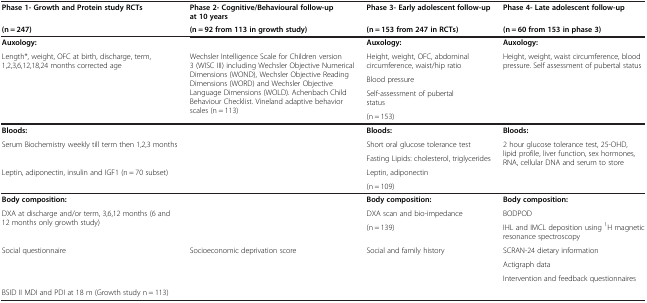
<table><thead><tr><td><b>Phase 1- Growth and Protein study RCTs</b></td><td><b>Phase 2- Cognitive/Behavioural follow-up at 10 years</b></td><td><b>Phase 3- Early adolescent follow-up</b></td><td><b>Phase 4- Late adolescent follow-up</b></td></tr><tr><td><b>(n = 247)</b></td><td><b>(n = 92 from 113 in growth study)</b></td><td><b>(n = 153 from 247 in RCTs)</b></td><td><b>(n = 60 from 153 in phase 3)</b></td></tr></thead><tbody><tr><td><b>Auxology:</b></td><td> </td><td><b>Auxology:</b></td><td><b>Auxology:</b></td></tr><tr><td rowspan="3">Length*, weight, OFC at birth, discharge, term, 1,2,3,6,12,18,24 months corrected age</td><td rowspan="3">Wechsler Intelligence Scale for Children version 3 (WISC III) including Wechsler Objective Numerical Dimensions (WOND), Wechsler Objective Reading Dimensions (WORD) and Wechsler Objective Language Dimensions (WOLD). Achenbach Child Behaviour Checklist. Vineland adaptive behavior scales (n = 113)</td><td>Height, weight, OFC, abdominal circumference, waist/hip ratio</td><td rowspan="3">Height, weight, waist circumference, blood pressure. Self assessment of pubertal status</td></tr><tr><td>Blood pressure</td></tr><tr><td>Self-assessment of pubertal status</td></tr><tr><td> </td><td> </td><td>(n = 153)</td><td> </td></tr><tr><td><b>Bloods:</b></td><td> </td><td><b>Bloods:</b></td><td><b>Bloods:</b></td></tr><tr><td rowspan="2">Serum Biochemistry weekly till term then 1,2,3 months</td><td rowspan="2"> </td><td>Short oral glucose tolerance test</td><td rowspan="3">2 hour glucose tolerance test, 25-OHD, lipid profile, liver function, sex hormones, RNA, cellular DNA and serum to store</td></tr><tr><td>Fasting Lipids: cholesterol, triglycerides</td></tr><tr><td>Leptin, adiponectin, insulin and IGF1 (n = 70 subset)</td><td> </td><td>Leptin, adiponectin</td></tr><tr><td> </td><td> </td><td>(n = 109)</td><td> </td></tr><tr><td><b>Body composition:</b></td><td> </td><td><b>Body composition:</b></td><td><b>Body composition:</b></td></tr><tr><td rowspan="2">DXA at discharge and/or term, 3,6,12 months (6 and 12 months only growth study)</td><td rowspan="2"> </td><td>DXA scan and bio-impedance</td><td>BODPOD</td></tr><tr><td>(n = 139)</td><td>IHL and IMCL deposition using <sup>1</sup>H magnetic resonance spectroscopy</td></tr><tr><td rowspan="3">Social questionnaire</td><td rowspan="3">Socioeconomic deprivation score</td><td rowspan="3">Social and family history</td><td>SCRAN-24 dietary information</td></tr><tr><td>Actigraph data</td></tr><tr><td>Intervention and feedback questionnaires</td></tr><tr><td>BSID II MDI and PDI at 18 m (Growth study n = 113)</td><td> </td><td> </td><td> </td></tr></tbody></table>